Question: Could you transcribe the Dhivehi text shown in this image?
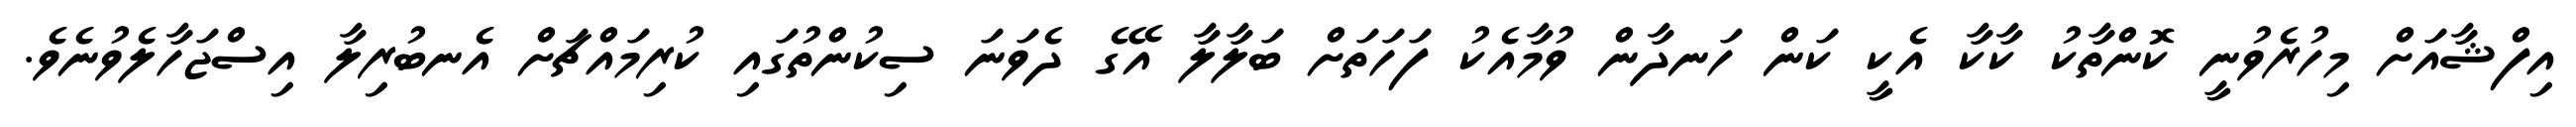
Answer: އިފްޝާއަށް މިހުރެވުނީ ކޮންތާކު ކާކާ އެކީ ކަން ހަނދާން ވުމާއެކު ފަހަތަށް ބަލާލާ އޭގެ ދެވަނަ ސިކުންތުގައި ކުރިމައްޗަށް އެނބުރިލާ އިސްޖަހާލެވުނެވެ.